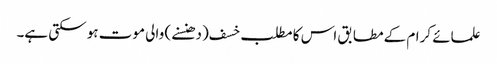
علمائے کرام کے مطابق اس کا مطلب خسف (دھنسنے) والی موت ہو سکتی ہے۔